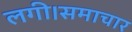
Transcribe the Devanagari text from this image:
लगी।समाचार